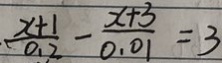
\frac { x + 1 } { 0 . 2 } - \frac { x + 3 } { 0 . 0 1 } = 3